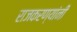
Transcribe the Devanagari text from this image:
राजकरण्यांनी